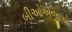
બીઓએજીએ